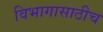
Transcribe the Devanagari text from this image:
विभागासाठीच